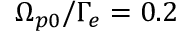
\Omega _ { p 0 } / \Gamma _ { e } = 0 . 2